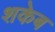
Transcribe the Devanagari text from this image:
शकेब